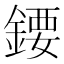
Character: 𨪁